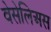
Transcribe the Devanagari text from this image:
वेसेलिअस